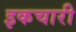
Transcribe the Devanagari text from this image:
इकचारी